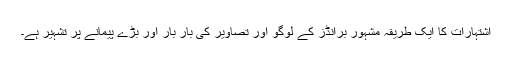
اشتہارات کا ایک طریقہ مشہور برانڈز کے لوگو اور تصاویر کی بار بار اور بڑے پیمانے پر تشہیر ہے۔